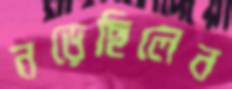
নড়েছিলেন